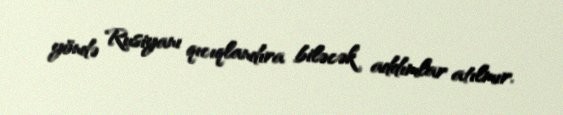
yöndə Rusiyanı qıcıqlandıra biləcək addımlar atılmır.